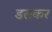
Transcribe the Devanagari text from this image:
डसकर